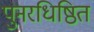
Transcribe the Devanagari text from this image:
पुनरधिष्ठित